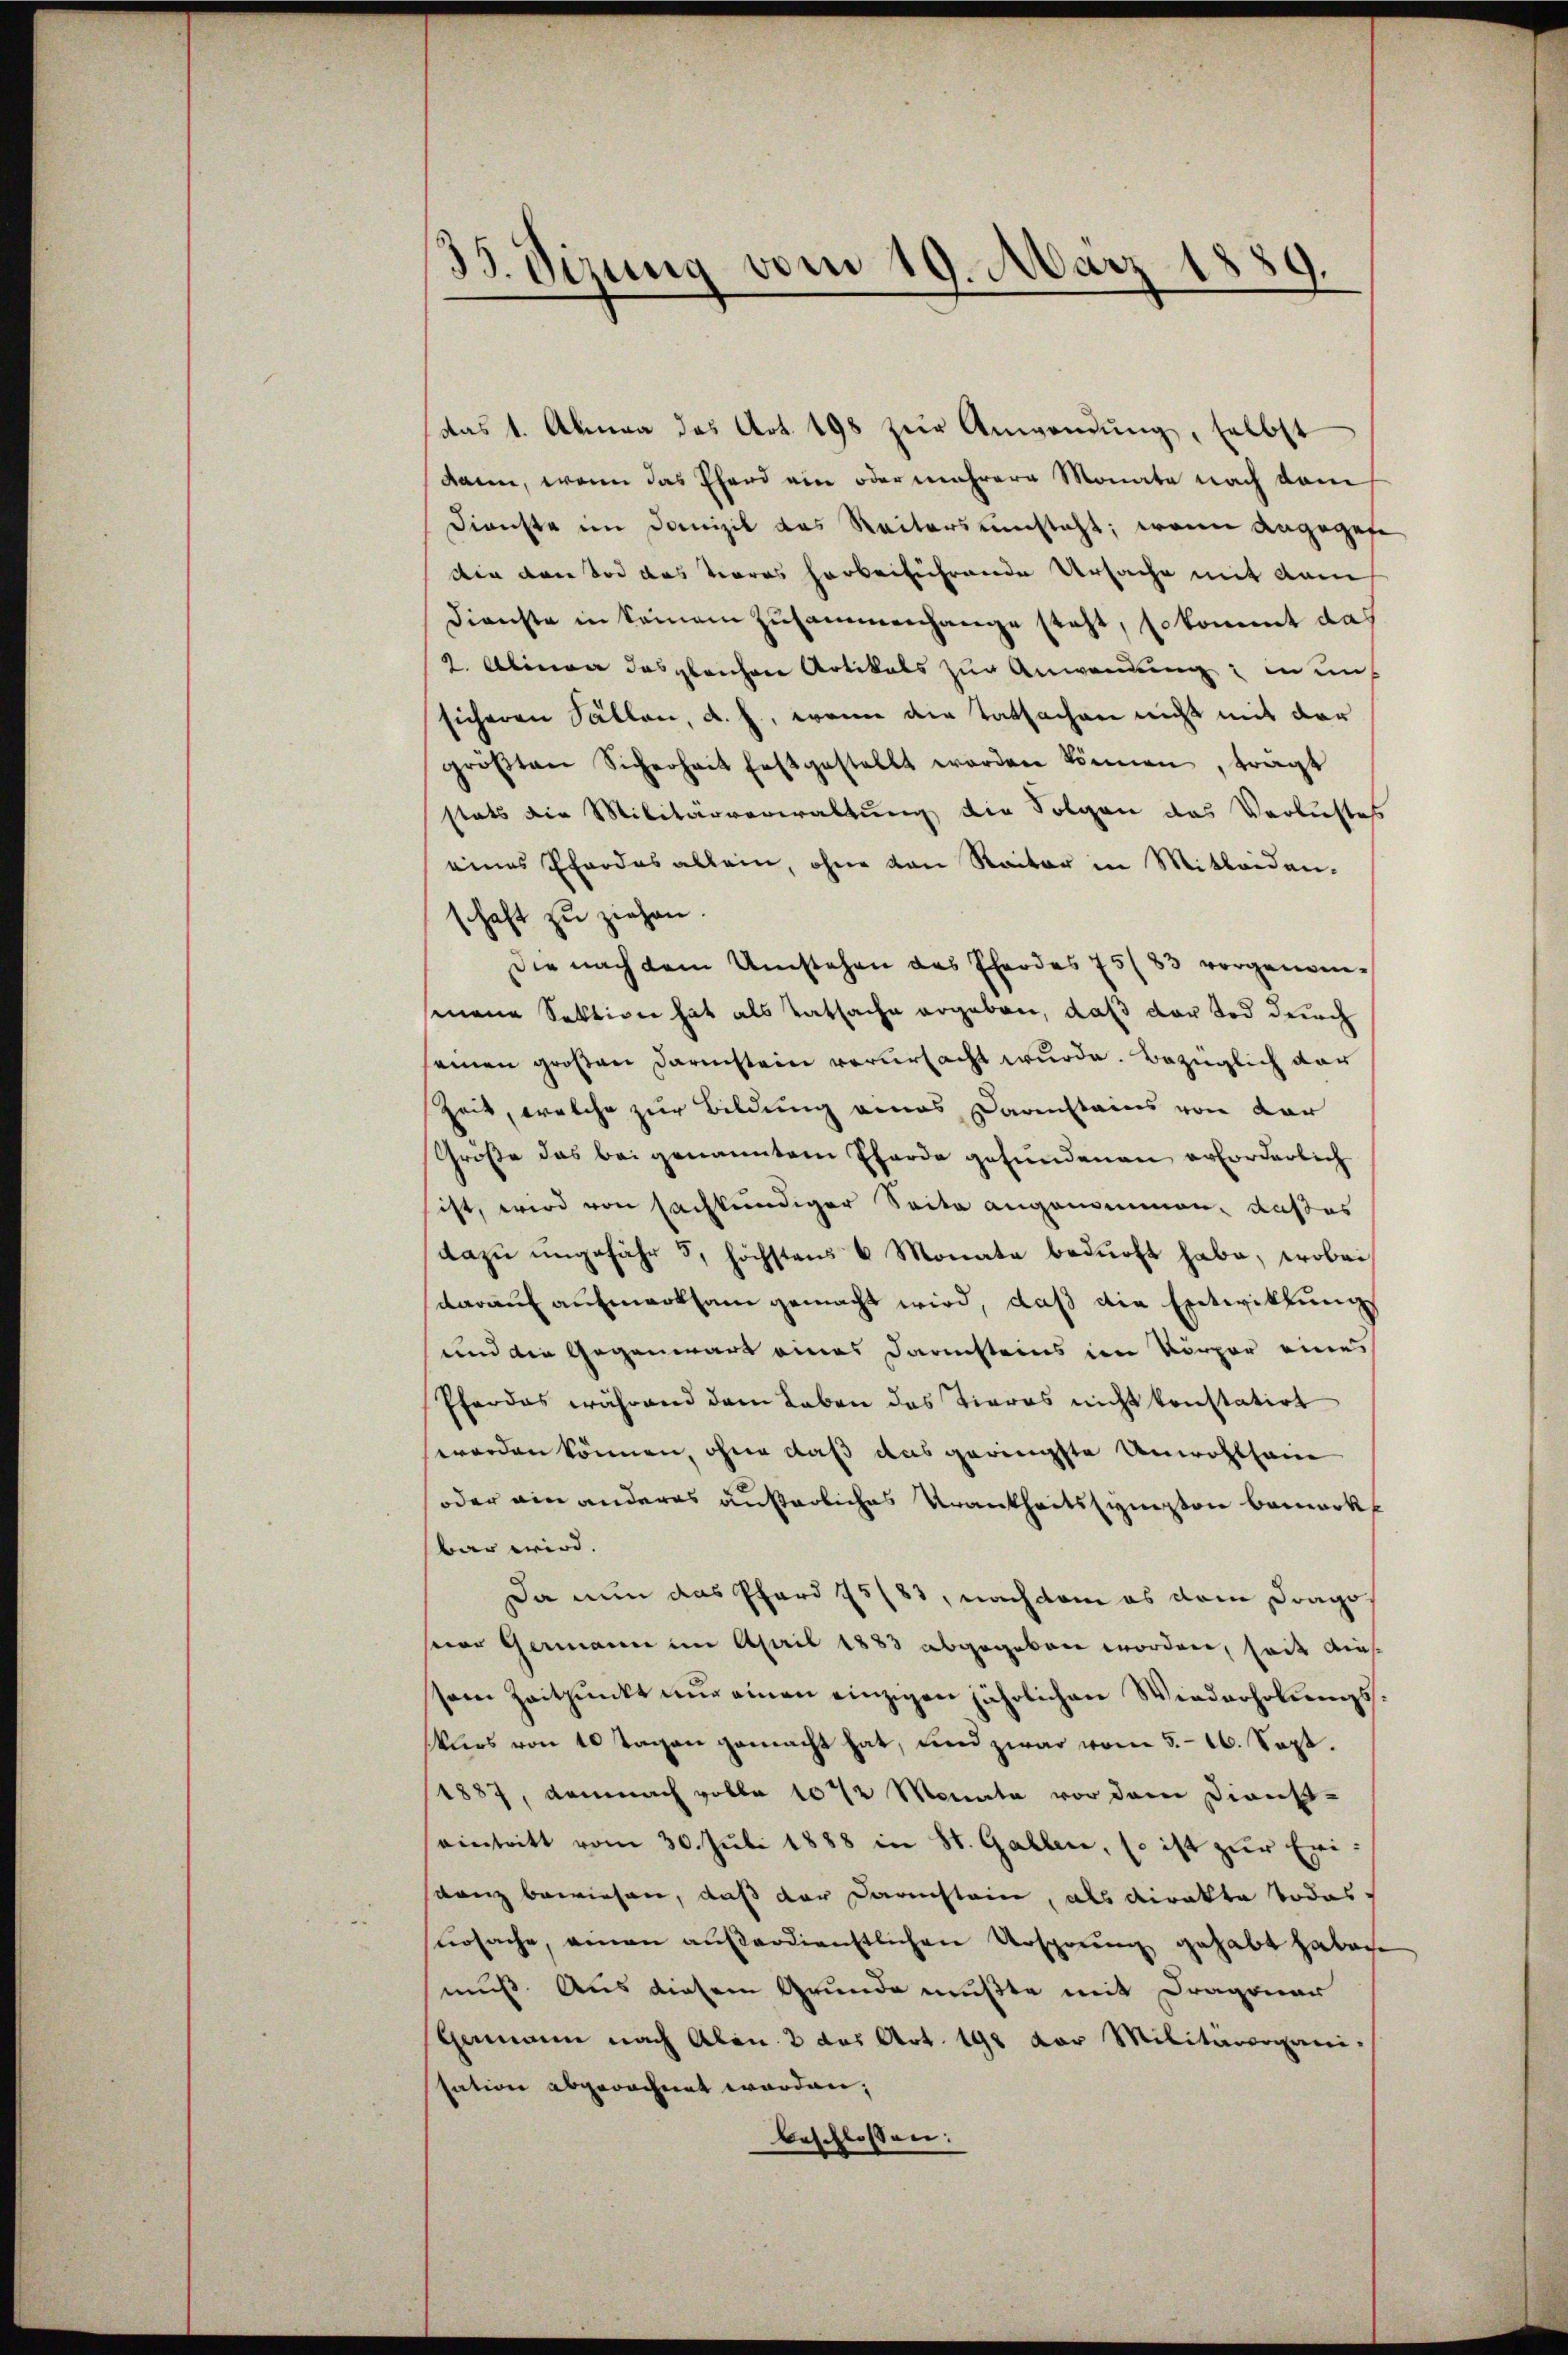
¬
33. Vizung vom 19. März 1
d
.

das 1. Abmaa das Art. 198 zur Anwendung, selbst
dann, wenn das Pferd ein oder mehrere Monate nach dem
Dienste im Domizil das Reitersumsteht; wenn angegebe
din den Tod das Terras herbeiführende Ursache mit dam
Dienste in keinem Zusammenhange steht, so kommt das
2. Alinea das gleichere Artikals zur Anwendung; in uns
sicheren Fällen, d. h., wenn die Tatsachen nicht mit der
gröβten Sicherheit festgestellt worden können, trägt
stets die Militärverwaltung die Folgen das Verlustes
eines Pfordes allein, ohne von Raiter in Mitleiden.
schaft zu ziehen.
Die nach dem Umstehen des Pferdes 75 (83 vorgenomsenene Sektion hat als Tatsache ergeben, daß der Tod durch
seinen großen Darinstein verursacht wurde. Bezüglich dar
Zeit, welche zur Bildung eines Darinstains von dar
Größe das bei genanntem Pferde gefundenen erforderlich
ist, wird von sachkundiger Seite angenommen, außes
dazu ungefähr 5, höchstens 6 Monate bedurft habe, wobei
darauf aufmerksam gemacht wird, daß die Entwicklung
und die Gegenwart eines Darsteins in Körper eine
Pferdes während dem Leben das Tieres nicht konstatirt
worden können, ohne daß das geringste Unwohlhaine
oder ain anderes äußerliches Urankheitssympton bemerkt
bar wird.
Da nun das Pferd 1583, nachdem es dem Drago
sor Germann im April 1883 abgegeben worden, seit dies
sem Zeitpunkt nur einen einzigen jährlichen Wiederholungskurs von 10 Tagen gemacht hat, und zwar vom 5. 16. Sept.
1887, demnach volle 1072 Monata vor dem Dienst-
eintritt vom 30. Juli 1888 in St. Gallen, so ist zŭr Eridanz bewiesen, daß der Darstein, als dirakte Todess
sursache, einen außerdienstlichen Ursprung gehabt haben.
muß. Aus diesem Grunde mußte mit Dragonar
Germann nach Abon. 2 des Art. 198 der Militärorgani-
sation abgerechnet worden;
beschlossen: